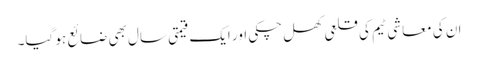
ان کی معاشی ٹیم کی قلعی کھل چکی اور ایک قیمتی سال بھی ضائع ہو گیا۔